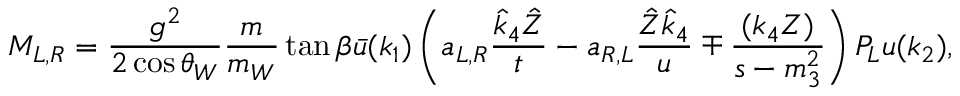
M _ { L , R } = \frac { g ^ { 2 } } { 2 \cos \theta _ { W } } \frac { m } { m _ { W } } \tan \beta \bar { u } ( k _ { 1 } ) \left( a _ { L , R } \frac { \hat { k } _ { 4 } \hat { Z } } { t } - a _ { R , L } \frac { \hat { Z } \hat { k } _ { 4 } } { u } \mp \frac { ( k _ { 4 } Z ) } { s - m _ { 3 } ^ { 2 } } \right) P _ { L } u ( k _ { 2 } ) ,